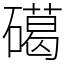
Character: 礍